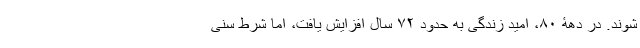
شوند. در دهۀ ۸۰، امید زندگی به حدود ۷۲ سال افزایش یافت، اما شرط سنی